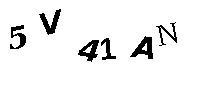
5V41AN